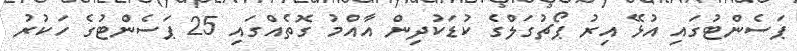
ޕަސެންޓުގައި އުޅޭ އިރު ޕޯޗުގަލްގެ ކުޑަކުދިން އާއްމު ގޮތެއްގައި 25 ޕަސެންޓުގެ ހަކުރު